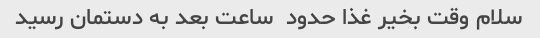
سلام وقت بخیر غذا حدود  ساعت بعد به دستمان رسید